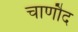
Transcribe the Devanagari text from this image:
चाणौद